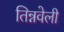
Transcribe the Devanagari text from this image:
तिन्नवेली